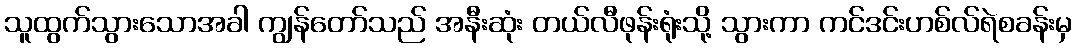
သူထွက်သွားသောအခါ ကျွန်တော်သည် အနီးဆုံး တယ်လီဖုန်းရုံးသို့ သွားကာ ကင်ဒင်းဟစ်လ်ရဲစခန်းမှ